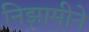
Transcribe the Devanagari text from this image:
निझामीने